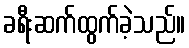
ခရီးဆက်ထွက်ခဲ့သည်။